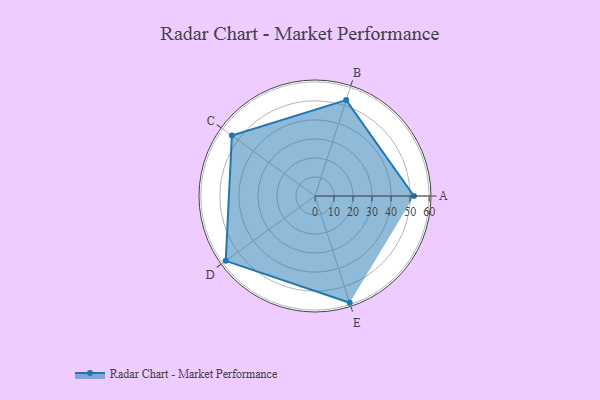
{"axis": {"x": "Skill", "y": "Score"}, "legend": ["Profile"], "data": [{"x": "A", "y": 52.0, "type": "Profile"}, {"x": "B", "y": 53.0, "type": "Profile"}, {"x": "C", "y": 54.0, "type": "Profile"}, {"x": "D", "y": 58.0, "type": "Profile"}, {"x": "E", "y": 59.0, "type": "Profile"}]}